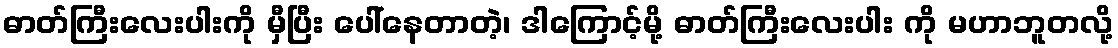
ဓာတ်ကြီးလေးပါးကို မှီပြီး ပေါ်နေတာတဲ့၊ ဒါကြောင့်မို့ ဓာတ်ကြီးလေးပါး ကို မဟာဘူတလို့